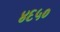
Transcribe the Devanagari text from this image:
४६५०